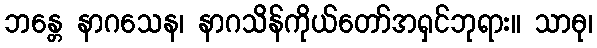
ဘန္တေ နာဂသေန၊ နာဂသိန်ကိုယ်တော်အရှင်ဘုရား။ သာဓု၊